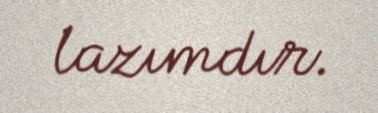
lazımdır.